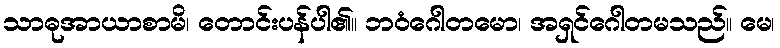
သာဓုအာယာစာမိ၊ တောင်းပန်ပါ၏။ ဘဝံဂေါတမော၊ အရှင်ဂေါတမသည်။ မေ၊